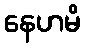
နေဟမိ